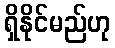
ရှိနိုင်မည်ဟု